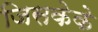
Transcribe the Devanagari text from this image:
जिसकेके